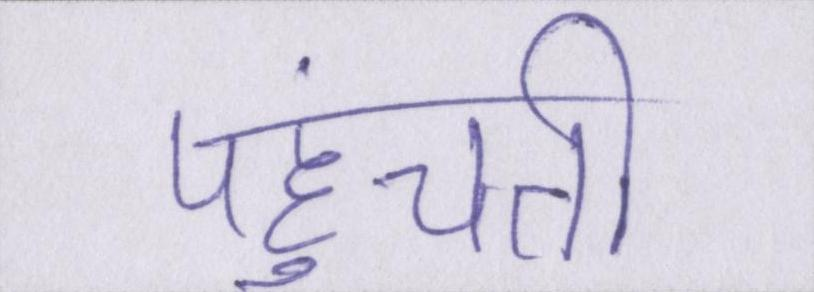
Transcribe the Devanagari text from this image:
पहुंचती